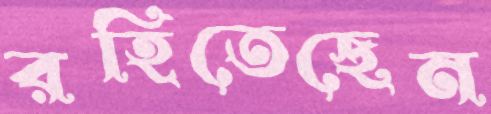
রহিতেছেন